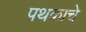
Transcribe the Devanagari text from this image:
पथकाचेे